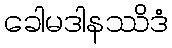
ခေါမဒါနဿိဒံ